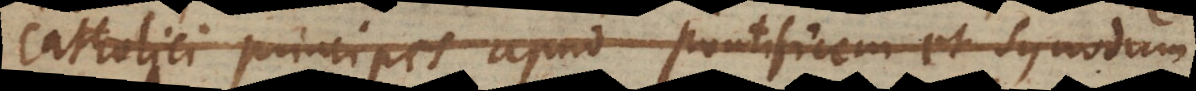
Catholici principes apud pontificem et synodum